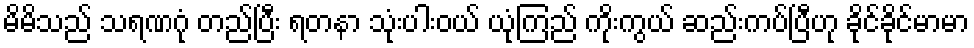
မိမိသည် သရဏဂုံ တည်ပြီး ရတနာ သုံးပါးဝယ် ယုံကြည် ကိုးကွယ် ဆည်းကပ်ပြီဟု ခိုင်ခိုင်မာမာ